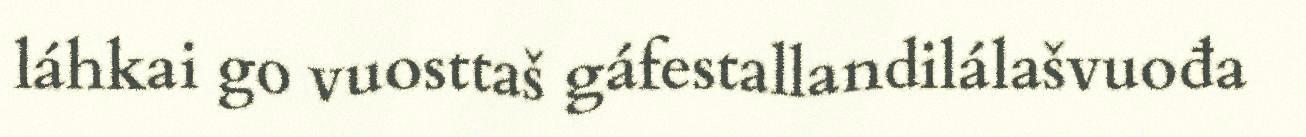
láhkai go vuosttaš gáfestallandilálašvuođa